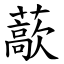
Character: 藃